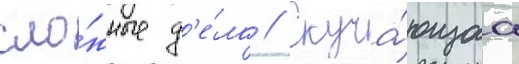
сло́жные д'е́ла // Скуча́ющаа